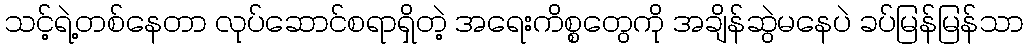
သင့်ရဲ့တစ်နေတာ လုပ်ဆောင်စရာရှိတဲ့ အရေးကိစ္စတွေကို အချိန်ဆွဲမနေပဲ ခပ်မြန်မြန်သာ